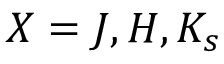
X = J , H , K _ { s }